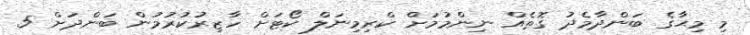
މި މިޙާގެ ބަންދާމެދު ގޮތެއް ނިންމުމަށް ކްރިމިނަލް ކޯޓަށް ހާޒިރުކުރުމުން ބަންދަށް 5